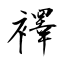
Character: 襗